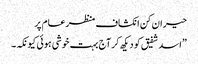
حیران کن انکشاف منظرعام پر
”اسد شفیق کو دیکھ کر آج بہت خوشی ہوئی کیونکہ۔